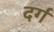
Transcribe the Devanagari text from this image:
दर्ग